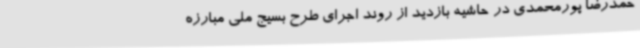
حمدرضا پورمحمدی در حاشیه بازدید از روند اجرای طرح بسیج ملی مبارزه